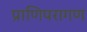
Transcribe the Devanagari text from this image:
प्राणिपरागण